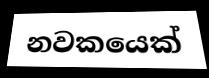
නවකයෙක්